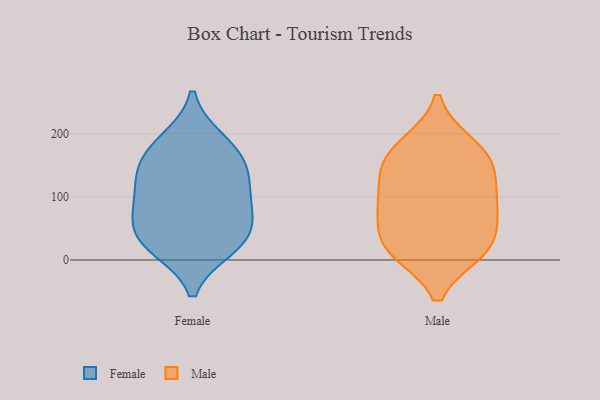
{"axis": {"x": "LTV (USD)", "y": "Value"}, "legend": ["Female", "Male"], "data": [{"x": "", "y": 146, "type": "Female"}, {"x": "", "y": 180, "type": "Female"}, {"x": "", "y": 72, "type": "Female"}, {"x": "", "y": 105, "type": "Female"}, {"x": "", "y": 52, "type": "Female"}, {"x": "", "y": 83, "type": "Female"}, {"x": "", "y": 149, "type": "Female"}, {"x": "", "y": 189, "type": "Female"}, {"x": "", "y": 125, "type": "Female"}, {"x": "", "y": 29, "type": "Female"}, {"x": "", "y": 20, "type": "Female"}, {"x": "", "y": 26, "type": "Female"}, {"x": "", "y": 140, "type": "Male"}, {"x": "", "y": 14, "type": "Male"}, {"x": "", "y": 16, "type": "Male"}, {"x": "", "y": 59, "type": "Male"}, {"x": "", "y": 75, "type": "Male"}, {"x": "", "y": 154, "type": "Male"}, {"x": "", "y": 90, "type": "Male"}, {"x": "", "y": 20, "type": "Male"}, {"x": "", "y": 150, "type": "Male"}, {"x": "", "y": 15, "type": "Male"}, {"x": "", "y": 114, "type": "Male"}, {"x": "", "y": 181, "type": "Male"}, {"x": "", "y": 183, "type": "Male"}, {"x": "", "y": 83, "type": "Male"}]}